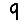
Digit: 9